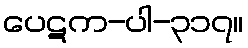
ပေဋက-ပါ-၃၁၇။